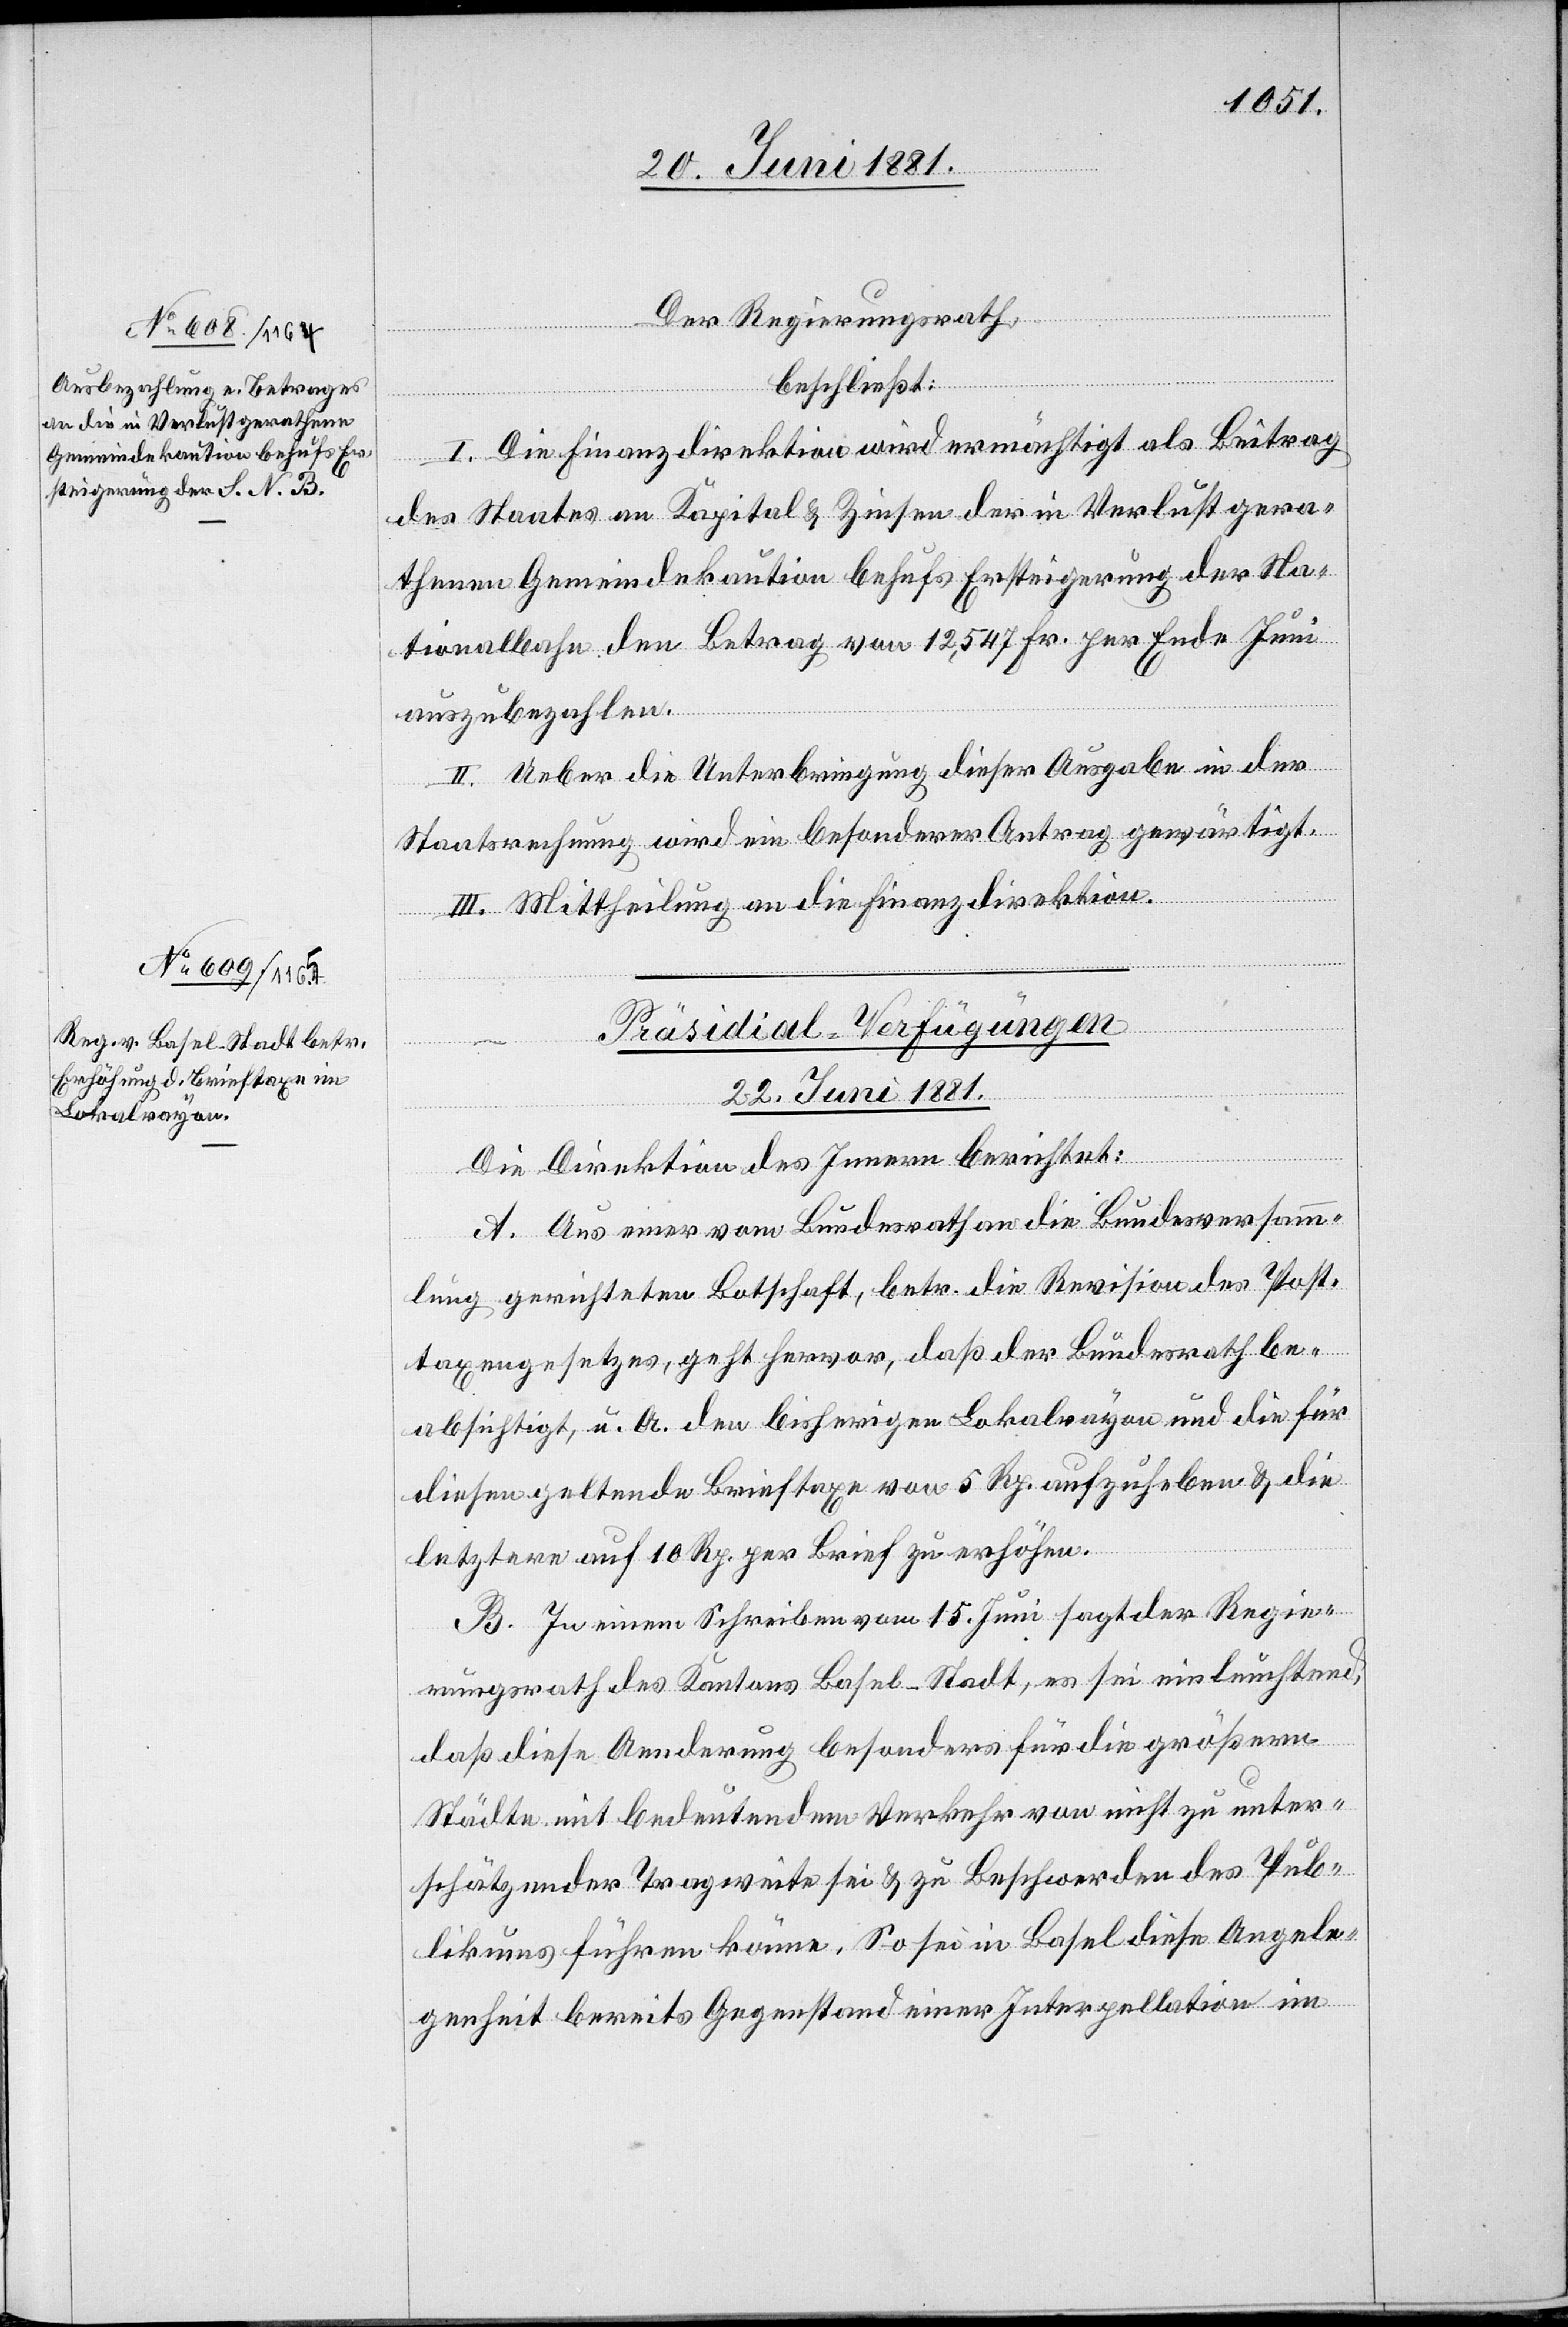
Der Regierungsrath,
beschließt:
I. Die Finanzdirektion wird ermächtigt als Beitrag
des Staates an Kapital & Zinsen der in Verlust gera¬
thenen Gemeindekaution behufs Ersteigerung der Na¬
tionalbahn den Betrag von 12,547 Fr. per Ende Juni
auszubezahlen.
II. Ueber die Unterbringung dieser Ausgabe in der
Staatsrechnung wird ein besonderer Antrag gewärtigt.
III. Mittheilung an die Finanzdirektion.
Präsidial-Verfügungen
22. Juni 1881.
Die Direktion des Innern berichtet:
A. Aus einer vom Bundesrath an die Bundesversamm¬
lung gerichteten Botschaft, betr. die Revision des Post¬
taxengesetzes, geht hervor, daß der Bundesrath be¬
absichtigt, u. A. den bisherigen Lokalsrayon und die für
diesen geltende Brieftaxe von 5 Rp. aufzuheben & die
letztere auf 10 Rp. per Brief zu erhöhen.
B. In einem Schreiben vom 15. Juni sagt der Regie¬
rungsrath des Kantons Basel-Stadt, es sei einleuchtend,
daß diese Aenderung besonders für die größern
Städte mit bedeutendem Verkehr von nicht zu unter¬
schätzender Tragweite sei & zu Beschwerden des Pub¬
likums führen könne. So sei in Basel diese Angele¬
genheit bereits Gegensand einer Interpellation im